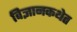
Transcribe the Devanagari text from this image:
विज्ञानकथेत